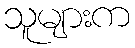
သူများက